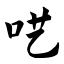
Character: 呓